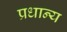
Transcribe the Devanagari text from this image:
प्रधान्य